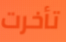
تأخرت